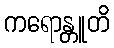
ကရောန္တူတိ